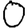
Digit: 0